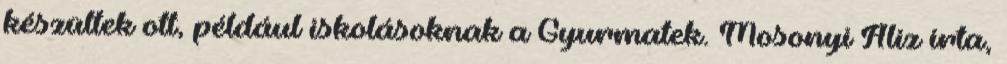
készültek ott, például iskolásoknak a Gyurmatek. Mosonyi Aliz írta,